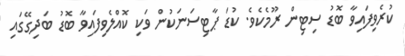
ކުރެވިފައިވާ ބޮޑު ސިޓިން ރޫމެކެވެ. ކުޑަ ޕާޓިސަނަކުން ވަކި ކޮއްލެވިފައިވާ ބޮޑު ބަދިގޭގައި